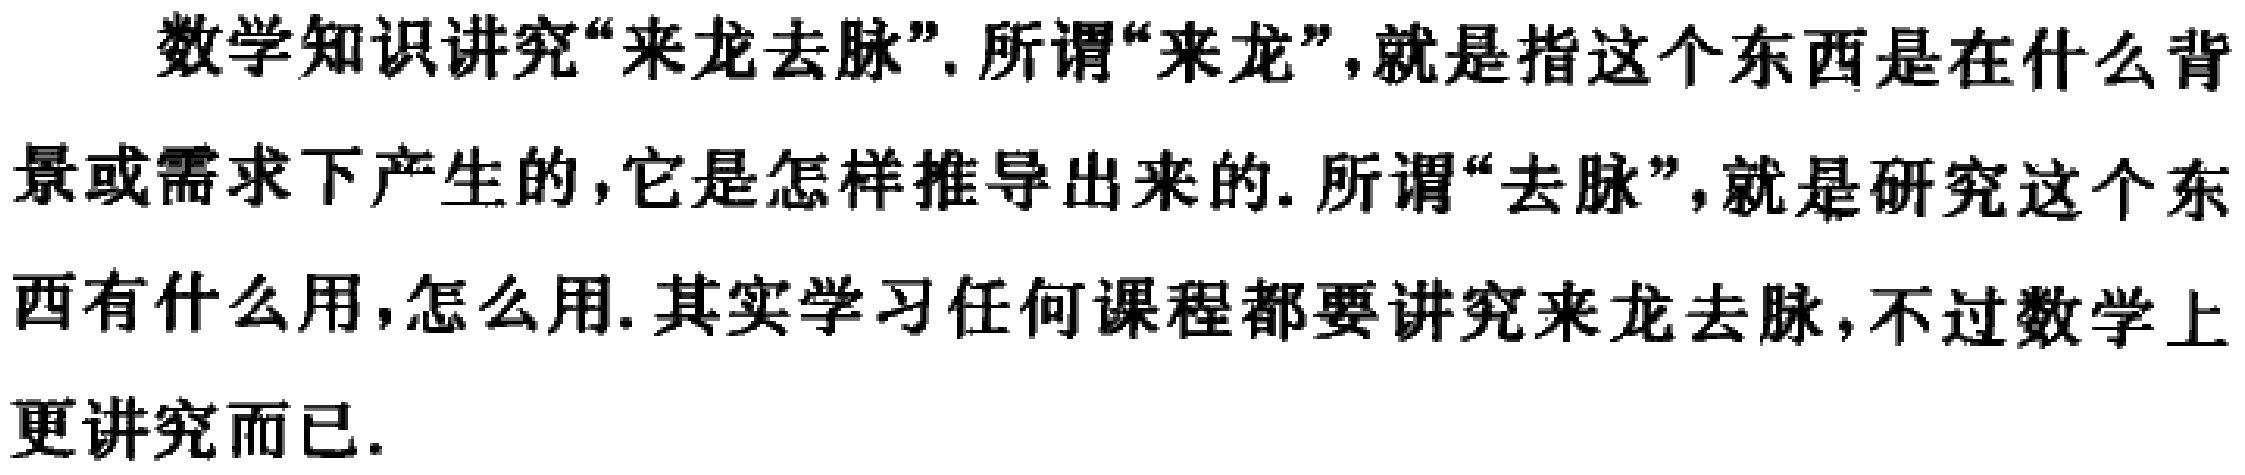
数学知识讲究“来龙去脉”. 所谓“来龙”,就是指这个东西是在什么背景或需求下产生的,它是怎样推导出来的. 所谓“去脉”,就是研究这个东西有什么用,怎么用. 其实学习任何课程都要讲究来龙去脉,不过数学上更讲究而已.